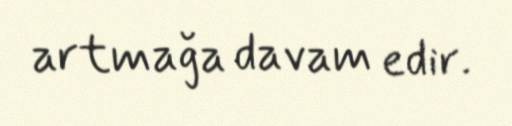
artmağa davam edir.